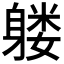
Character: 𲄧